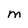
Character: M